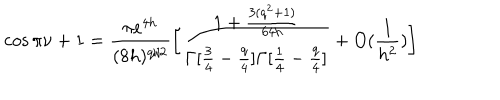
\cos \pi \nu + 1 = \frac { \pi e ^ { 4 h } } { ( 8 h ) ^ { q / 2 } } \bigg [ \frac { 1 + \frac { 3 ( q ^ { 2 } + 1 ) } { 6 4 h } } { \Gamma [ \frac { 3 } { 4 } - \frac { q } { 4 } ] \Gamma [ \frac { 1 } { 4 } - \frac { q } { 4 } ] } + O ( \frac { 1 } { h ^ { 2 } } ) \bigg ]